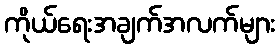
ကိုယ်ရေးအချက်အလက်များ